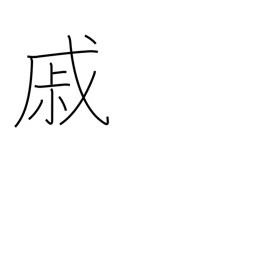
Meaning: grieve